Lunatic asylums in Bengal annual reports 1888-1898 - 1888-1898
Year: 1888
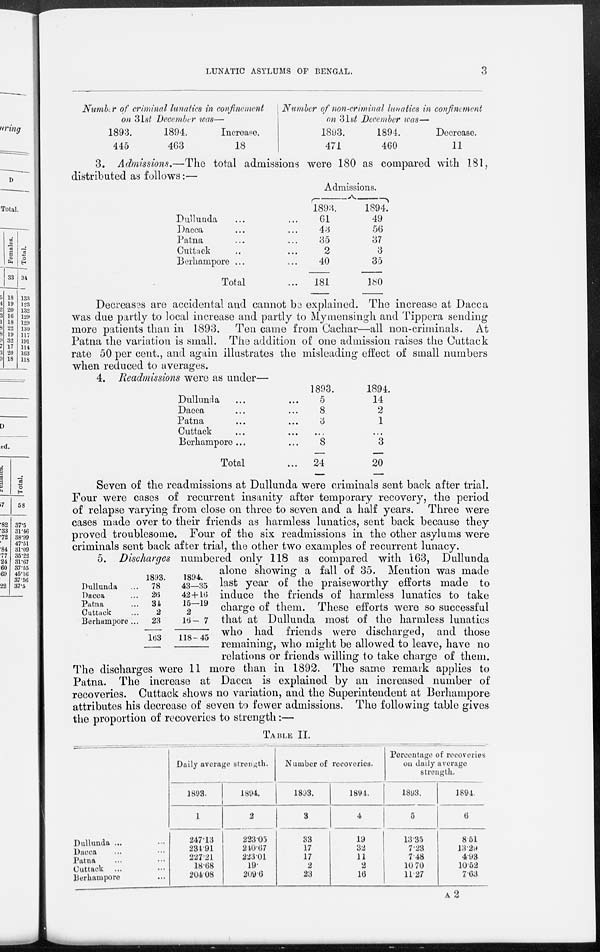
LUNATIC ASYLUMS OF BENGAL.
3
Number of criminal lunatics in confinement
on 31st December was—
1893.
445
1894.
463
Increase.
18
Number of non-criminal lunatics in confinement
on 31st December was—
1893.
471
1894.
460
Decrease.
11
3. Admissions.—The total admissions were 180 as compared with 181,
distributed as follows:—
Dullunda ... ...
Dacca ... ...
Patna ... ...
Cuttack ... ...
Berhampore ...
Total ...
Admissions.
1893.
61
43
35
2
40
181
1894.
49
56
37
3
35
180
Decreases are accidental and cannot be explained. The increase at Dacca
was due partly to local increase and partly to Mymensingh and Tippera sending
more patients than in 1893. Ten came from Cachar—all non-criminals. At
Patna the variation is small. The addition of one admission raises the Cuttack
rate 50 per cent., and again illustrates the misleading effect of small numbers
when reduced to averages.
4. Readmissions were as under—
Dullunda ... ...
Dacca ... ...
Patna ... ...
Cuttack ... ...
Berhampore ...
Total ...
1893.
5
8
3
...
8
24
1894.
14
2
1
...
3
20
Seven of the readmissions at Dullunda were criminals sent back after trial.
Four were cases of recurrent insanity after temporary recovery, the period
of relapse varying from close on three to seven and a half years. Three were
cases made over to their friends as harmless lunatics, sent back because they
proved troublesome. Four of the six readmissions in the other asylums were
criminals sent back after trial, the other two examples of recurrent lunacy.
Dullunda ...
Dacca
Patna
Cuttack
Berhampore ...
1893.
78
26
34
2
23
163
1894.
43—35
42+16
15—19
2
16—7
118—45
5. Discharges numbered only 118 as compared with 163, Dullunda
alone showing a fall of 35. Mention was made
last year of the praiseworthy efforts made to
induce the friends of harmless lunatics to take
charge of them. These efforts were so successful
that at Dullunda most of the harmless lunatics
who had friends were discharged, and those
remaining, who might be allowed to leave, have no
relations or friends willing to take charge of them.
The discharges were 11 more than in 1892. The same remark applies to
Patna. The increase at Dacca is explained by an increased number of
recoveries. Cuttack shows no variation, and the Superintendent at Berhampore
attributes his decrease of seven to fewer admissions. The following table gives
the proportion of recoveries to strength:—
TABLE II.
Dullunda ... ...
Dacca ... ...
Patna ... ...
Cuttack ... ...
Berhampore ...
Daily average strength.
1893.
1
247.13
234.91
227.21
18.68
204.08
1894.
2
223.05
240.67
223.01
19.
209.6
Number of recoveries.
1893.
3
33
17
17
2
23
1894.
4
19
32
11
2
16
Percentage of recoveries
on daily average
strength.
1893.
5
13.35
7.23
7.48
10 70
11.27
1891.
6
8.51
13.29
4.93
10.52
7.63
A2